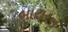
બાયરન